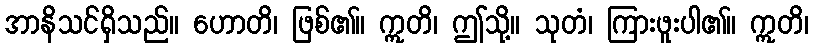
အာနိသင်ရှိသည်။ ဟောတိ၊ ဖြစ်၏။ ဣတိ၊ ဤသို့။ သုတံ၊ ကြားဖူးပါ၏။ ဣတိ၊